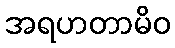
အရဟတာမိဝ